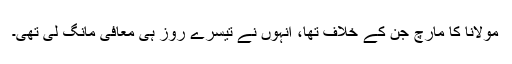
مولانا کا مارچ جن کے خلاف تھا، انہوں نے تیسرے روز ہی معافی مانگ لی تھی۔